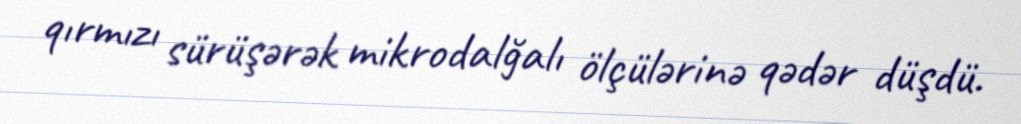
qırmızı sürüşərək mikrodalğalı ölçülərinə qədər düşdü.